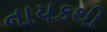
નાયકથી